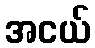
အငယ်